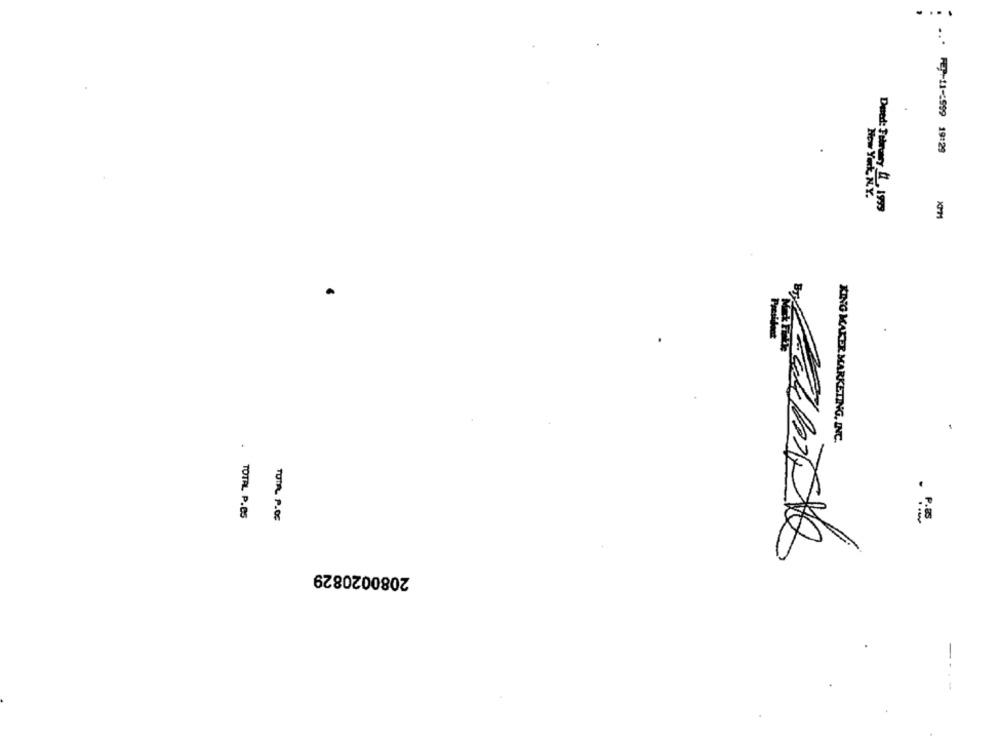
... - 11-2999 19:29
Now YHE N.Y.
Deat February 1, 1999
KING MAKER MARKETING, INC.
. TOTAL P.65
TOTAL P.OG
2080020829
----